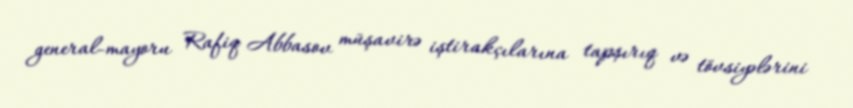
general-mayoru Rafiq Abbasov müşavirə iştirakçılarına tapşırıq və tövsiyələrini